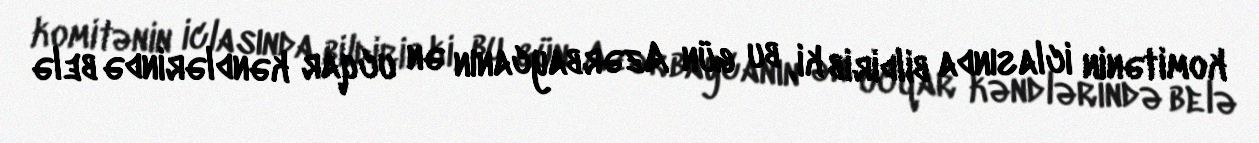
komitənin iclasında bildirib ki, bu gün Azərbaycanın ən ucqar kəndlərində belə